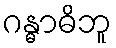
ဂန္ဓာဓိဘူ